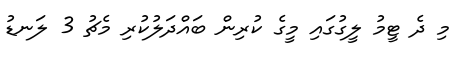
މި ދެ ޓީމު ލީގުގައި މީގެ ކުރިން ބައްދަލުކުރި މެޗު 3 ލަނޑު